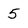
Character: 5